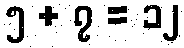
၅ + ၇ = ၁၂